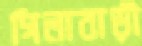
গিলাবাড়ী